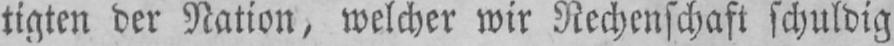
tigten der Nation, welcher wir Rechenschaft schuldig